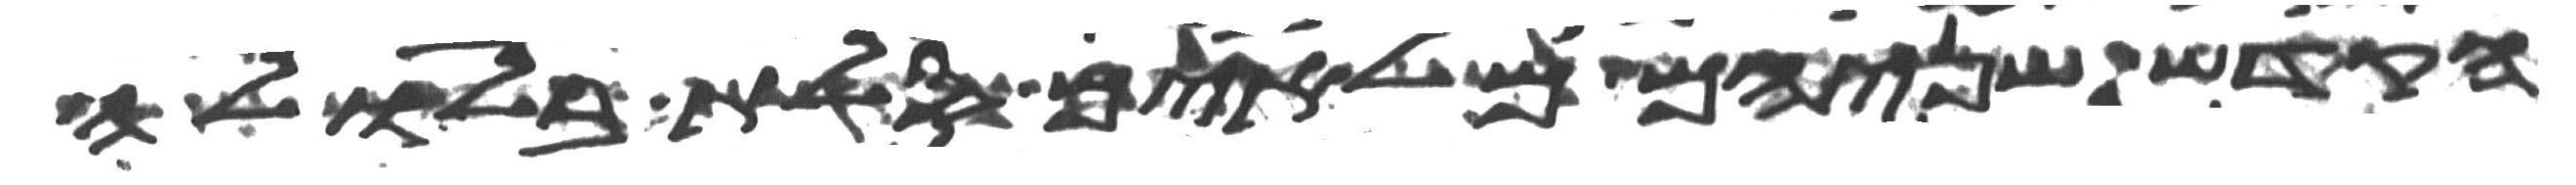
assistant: הקדש שניהם מלאים סלת בלולה